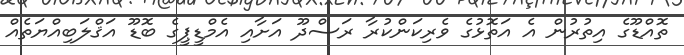
ތޮއްޑޫގެ އިތުރުން އެ އަތޮޅުގެ ވެރިކަންކުރާ ރަސްދޫ އަށާއި އެމްޑީޕީގެ ބޮޑޫ އަޤްލަބިއްޔަތެއް